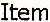
ITEM